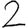
Digit: 2